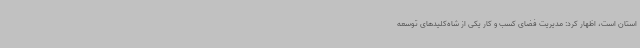
استان است، اظهار کرد: مدیریت فضای کسب و کار یکی از شاه‌کلیدهای توسعه